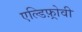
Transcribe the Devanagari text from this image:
एल्डिफ़्रोवी